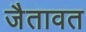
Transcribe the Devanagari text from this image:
जैतावत